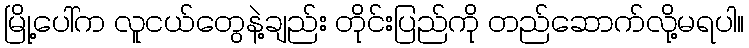
မြို့ပေါ်က လူငယ်တွေနဲ့ချည်း တိုင်းပြည်ကို တည်ဆောက်လို့မရပါ။